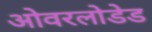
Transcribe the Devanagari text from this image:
ओवरलोडेड